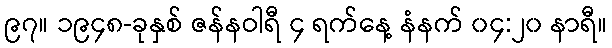
၉၇။ ၁၉၄၈-ခုနှစ် ဇန်နဝါရီ ၄ ရက်နေ့ နံနက် ၀၄:၂၀ နာရီ။